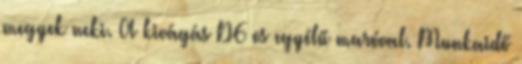
megyek neki. A kivágás D6 os egyélű maróval. Munkaidő